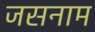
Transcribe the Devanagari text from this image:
जसनाम